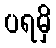
ပရမှိ